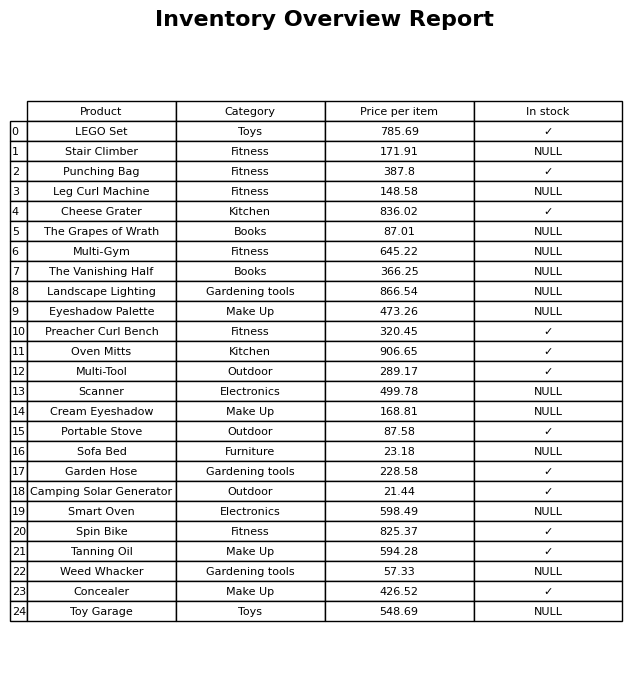
question: What is the stock status of the Weed Whacker?
answer: NULL